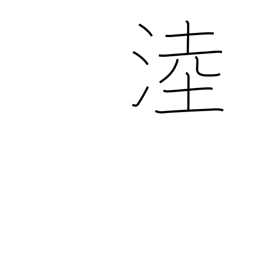
Meaning: name of a wetland